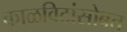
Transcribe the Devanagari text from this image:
काळविटांसोबत